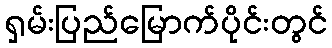
ရှမ်းပြည်မြောက်ပိုင်းတွင်